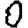
Digit: 0